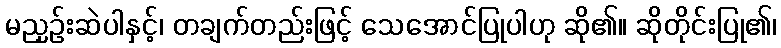
မညှဉ်းဆဲပါနှင့်၊ တချက်တည်းဖြင့် သေအောင်ပြုပါဟု ဆို၏။ ဆိုတိုင်းပြု၏၊